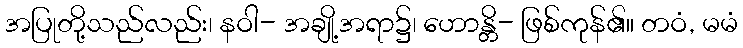
အပြုတို့သည်လည်း၊ နဝါ- အချို့အရာ၌၊ ဟောန္တိ- ဖြစ်ကုန်၏။ တဝံ, မမံ